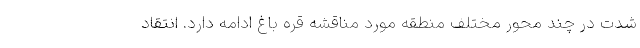
شدت در چند محور مختلف منطقه مورد مناقشه قره باغ ادامه دارد. انتقاد